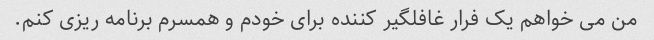
من می خواهم یک فرار غافلگیر کننده برای خودم و همسرم برنامه ریزی کنم.